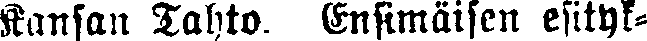
Kansan Tahto. Ensimäisen esityk-